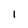
Character: I